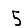
Digit: 5